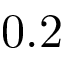
0 . 2